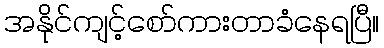
အနိုင်ကျင့်စော်ကားတာခံနေရပြီ။